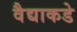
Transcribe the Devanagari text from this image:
वैद्याकडे